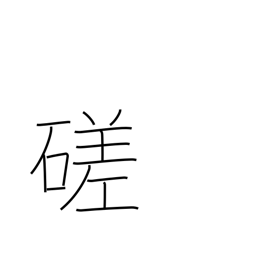
Meaning: polish